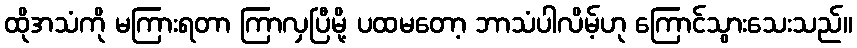
ထိုအသံကို မကြားရတာ ကြာလှပြီမို့ ပထမတော့ ဘာသံပါလိမ့်ဟု ကြောင်သွားသေးသည်။